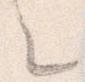
々